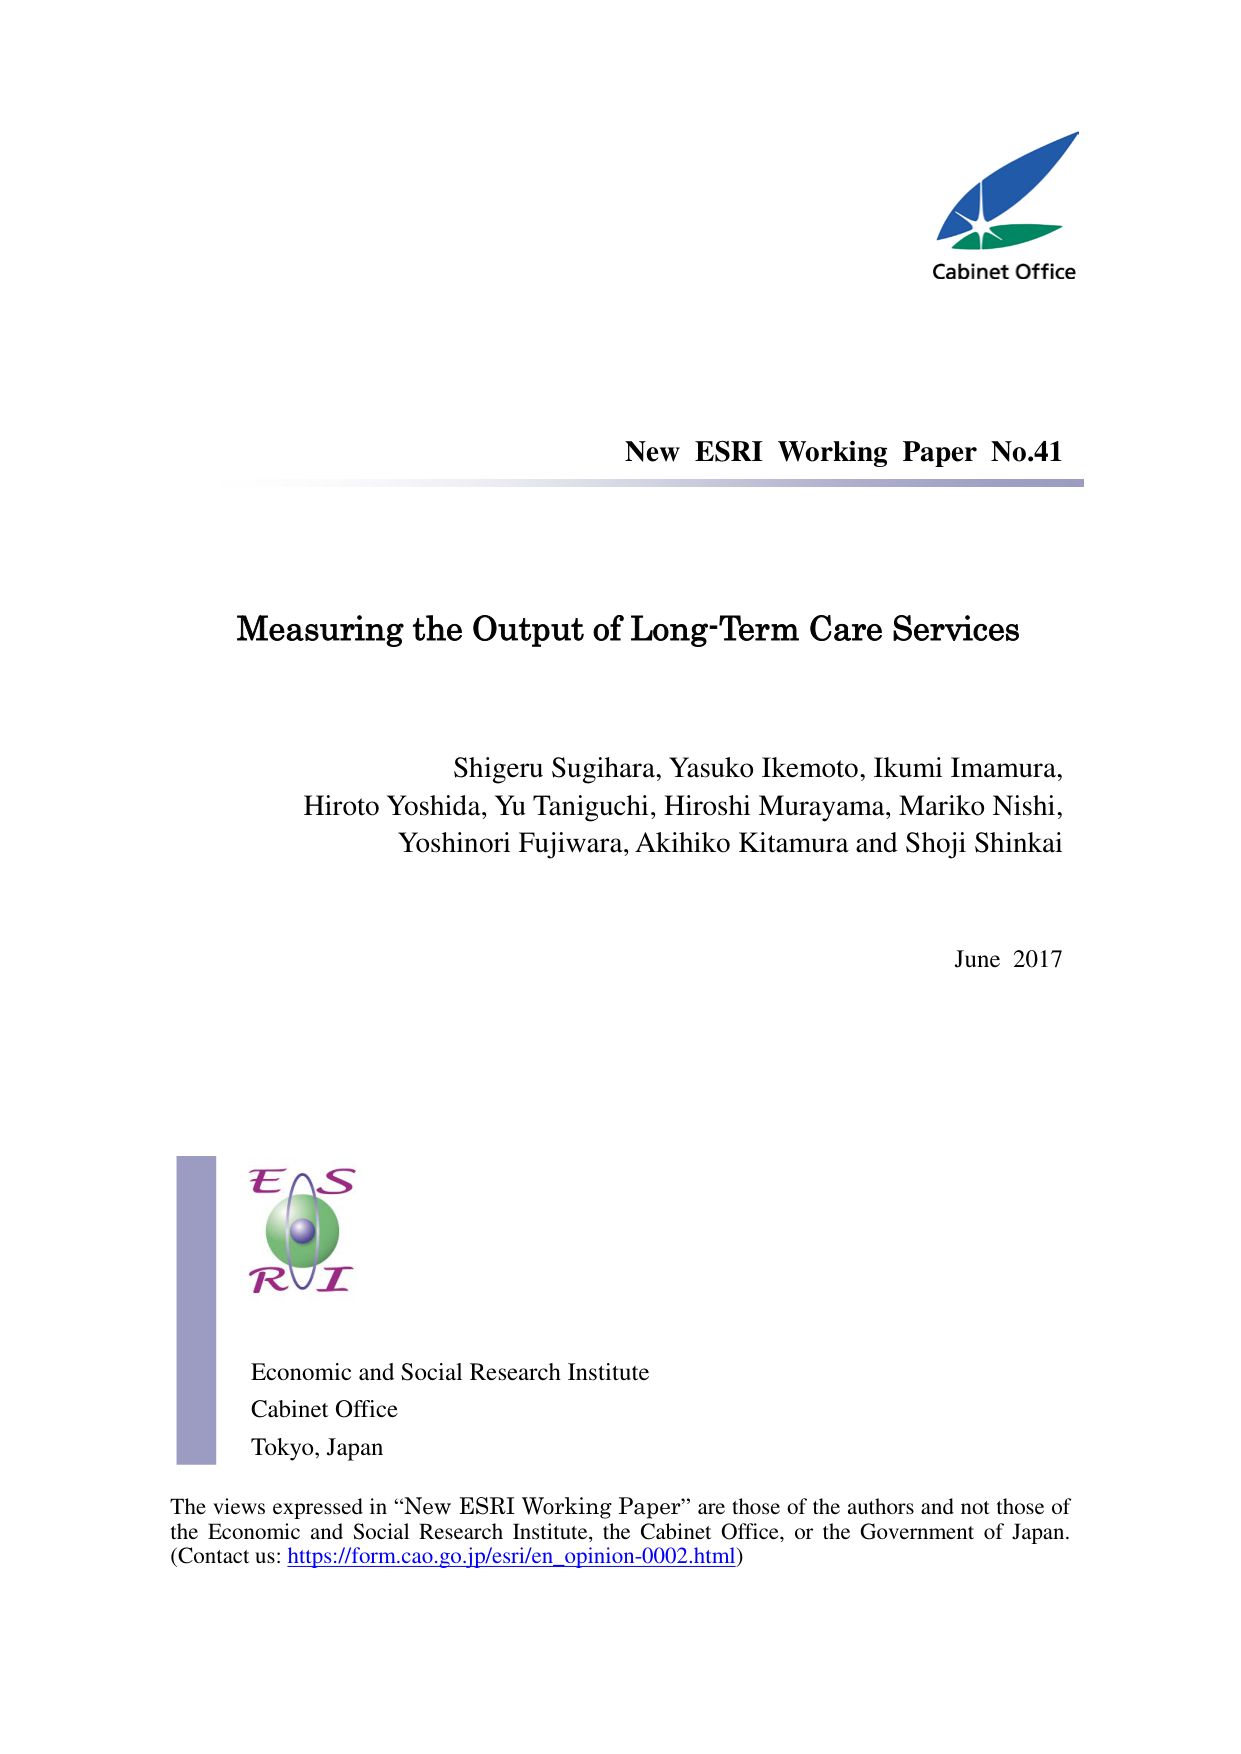
Cabinet Office

New ESRI Working Paper No.41

Measuring the Output of Long-Term Care Services

Shigeru Sugihara, Yasuko Ikemoto, Ikumi Imamura,
Hiroto Yoshida, Yu Taniguchi, Hiroshi Murayama, Mariko Nishi,
Yoshinori Fujiwara, Akihiko Kitamura and Shoji Shinkai

June 2017

ESRI
Economic and Social Research Institute
Cabinet Office
Tokyo, Japan

The views expressed in “New ESRI Working Paper” are those of the authors and not those of
the Economic and Social Research Institute, the Cabinet Office, or the Government of Japan.
(Contact us: https://form.cao.go.jp/esri/en_opinion-0002.html)